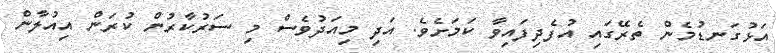
އަޅުގަނޑުމެން ތެރޭގައި އުފެދިފައިވާ ކަމަށެވެ. އަދި މިއަދުވެސް މި ސަރުކާރުން ކުރަން އިއުލާން